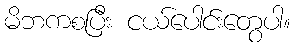
မိဘကစပြီး ငယ်ပေါင်းတွေပါ။